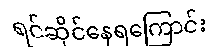
ရင်ဆိုင်နေရကြောင်း